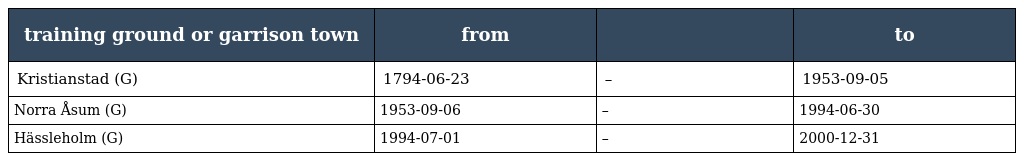
| training ground or garrison town | from |  | to |
 | --- | --- | --- | --- |
 | Kristianstad (G) | 1794-06-23 | – | 1953-09-05 |
 | Norra Åsum (G) | 1953-09-06 | – | 1994-06-30 |
 | Hässleholm (G) | 1994-07-01 | – | 2000-12-31 |